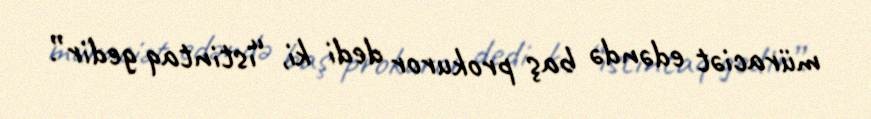
müraciət edəndə baş prokuror dedi ki, “istintaq gedir”.